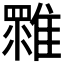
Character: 𩀚